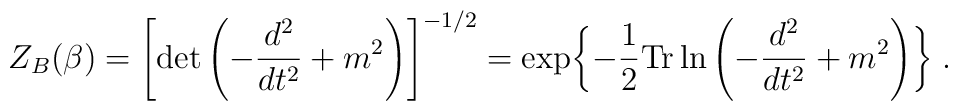
Z_B(\beta)=\left[\det\left( -{d^2\over dt^2}+m^2\right)\right]^{-1/2}=\exp\biggl\{ -{1\over2} {\rm Tr}\ln\left( -{d^2\over dt^2}+m^2\right)\biggr\}\; .